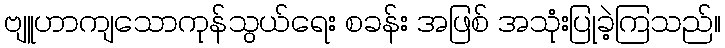
ဗျူဟာကျသောကုန်သွယ်ရေး စခန်း အဖြစ် အသုံးပြုခဲ့ကြသည်။